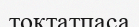
тоқтатпаса